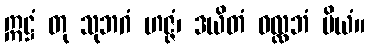
ဣဋ္ဌံ တု သုဘဂံ ဟဇ္ဇံ၊ ဒယိတံ ဝလ္လဘံ ပိယံ။